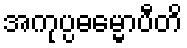
အကုပ္ပဓမ္မောပီတိ